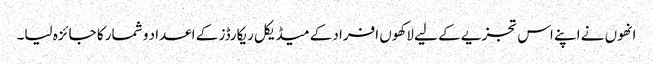
انھوں نے اپنے اس تجزیے کے لیے لاکھوں افراد کے میڈیکل ریکارڈز کے اعداد و شمار کا جائزہ لیا۔